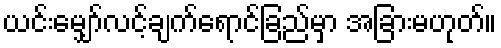
ယင်းမျှော်လင့်ချက်ရောင်ခြည်မှာ အခြားမဟုတ်။